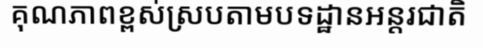
គុណភាពខ្ពស់ស្របតាមបទដ្ឋានអន្តរជាតិ